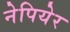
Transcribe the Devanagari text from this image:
नेपियेर